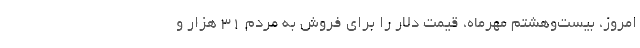
امروز، بیست‌وهشتم مهرماه، قیمت دلار را برای فروش به مردم ۳۱ هزار و